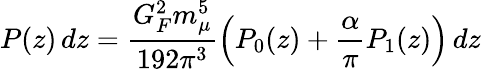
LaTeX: P(z)\, dz=\frac{G_{F}^{2}m_{\mu}^{5}}{192\pi^{3}}\left(P_{0}(z)+\frac{\alpha}{\pi}P_{1}(z)\right)\, dz